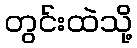
တွင်းထဲသို့